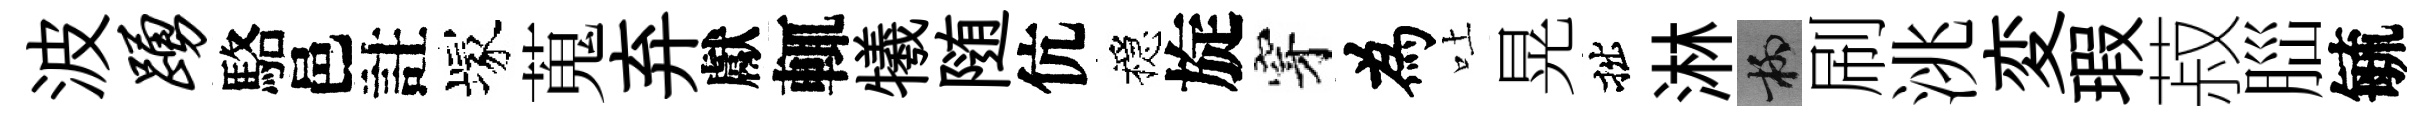
波踊駱邑註塚蒐弃獻輒犧随伉穩旋穿為吐晃拙淋柳刷洮変瑕菽𦛁毓